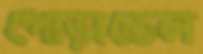
পোড়াতেল